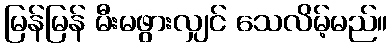
မြန်မြန် မီးမဖွားလျှင် သေလိမ့်မည်။